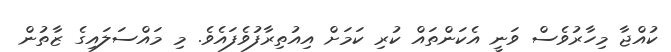
ކުއްޖާ މިހާރުވެސް ވަނީ އެކަންތައް ކުރި ކަމަށް އިއުތިރާފުވެފައެވެ. މި މައްސަލައިގެ ޒާތުން